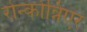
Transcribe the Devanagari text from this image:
रोन्कोन्निएर